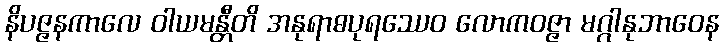
နိပဇ္ဇနကာလေ ဝါယမန္တီတိ အနုရာဓပုရဿေဝ လောကဝဇ္ဇာ မဂ္ဂါနုဘာဝေန